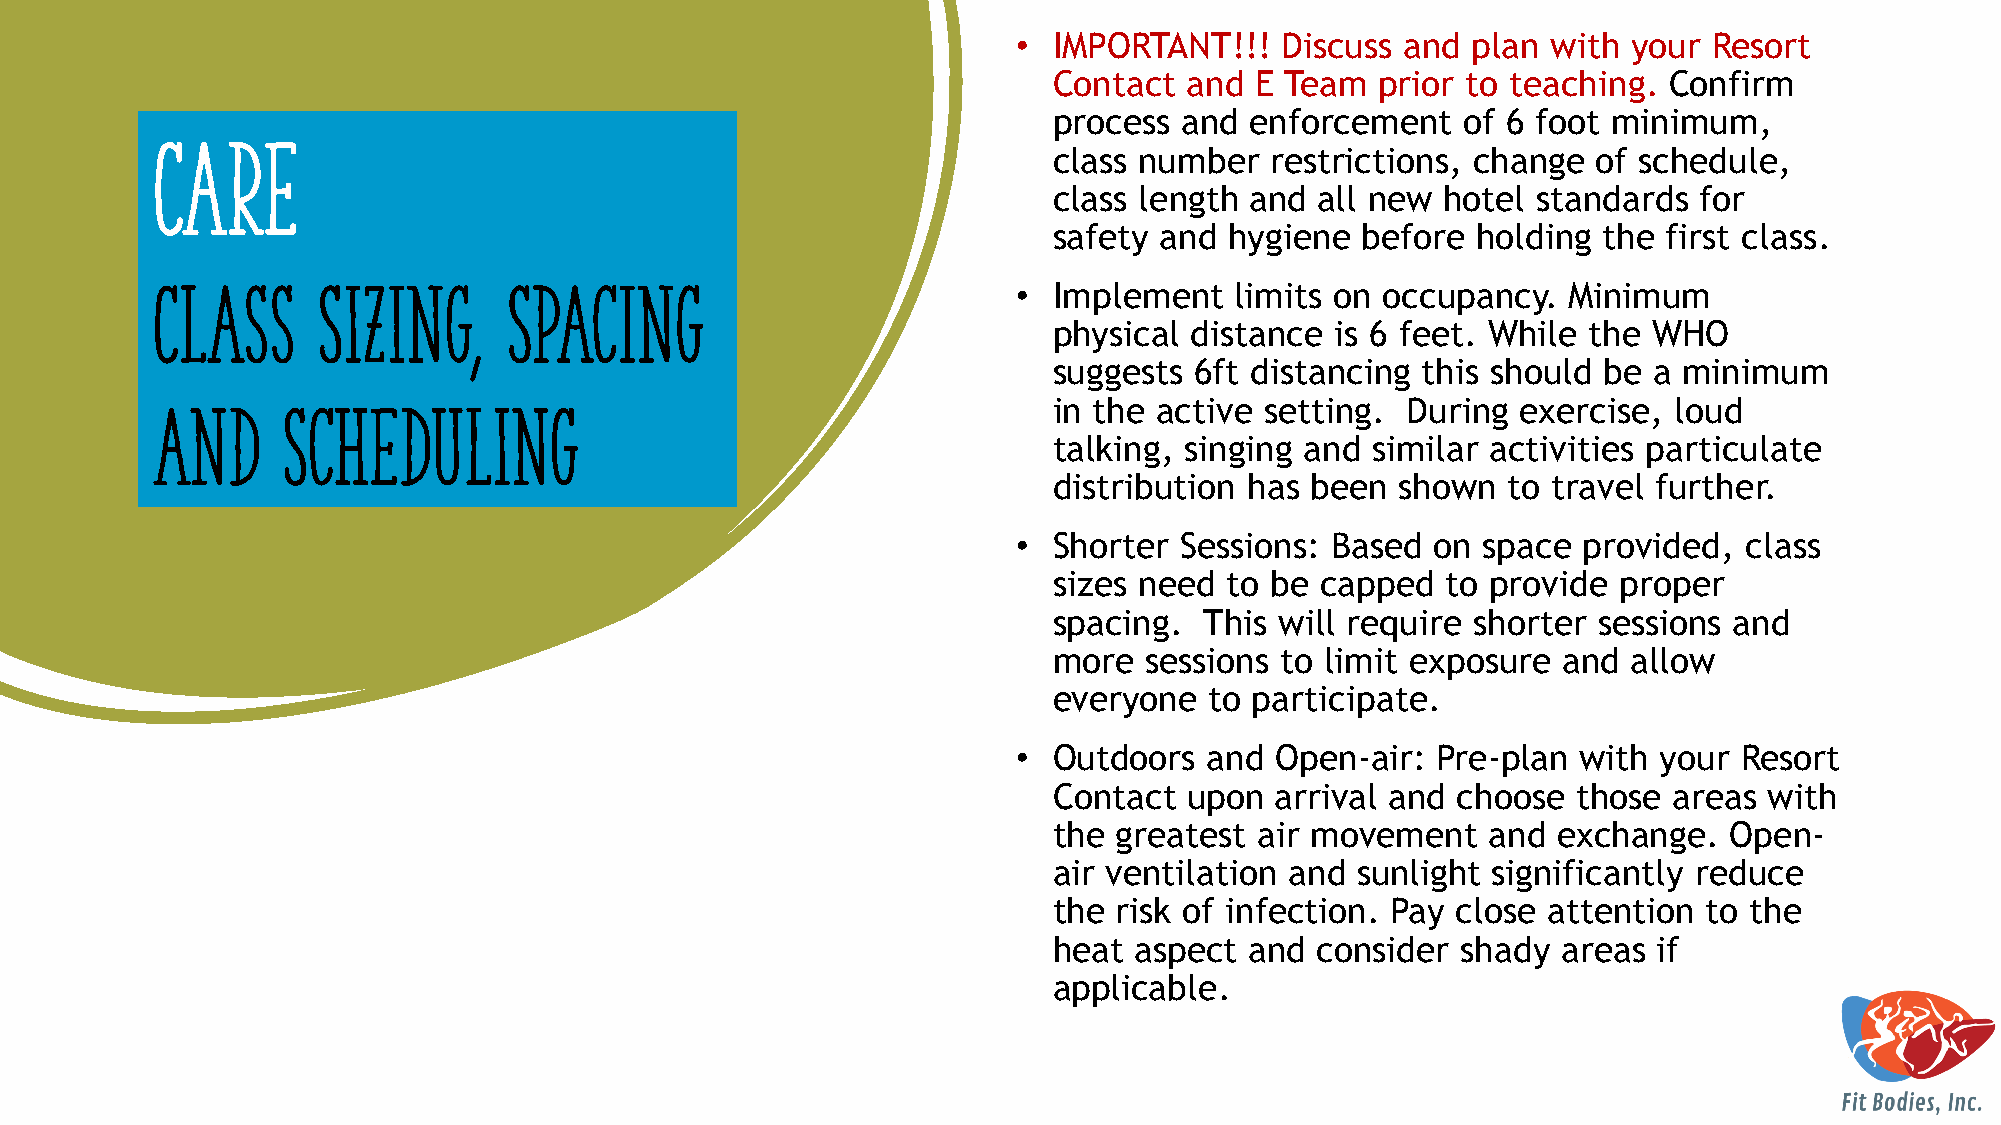
•  IMPORTANT!!!   Discuss and plan  with your Resort
 Contact  and E Team  prior to teaching. Confirm
 process and  enforcement   of 6 foot minimum,
 Care
 class number  restrictions, change  of schedule,
 class length and all new  hotel standards for
 safety and hygiene  before  holding the first class.
 Class      Sizing,      Spacing                          •  Implement   limits on occupancy.  Minimum
 physical distance is 6 feet. While the WHO
 suggests 6ft distancing this should be a minimum
 and      Scheduling                                         in the active setting. During  exercise, loud
 talking, singing and similar activities particulate
 distribution has been  shown  to travel further.
 •  Shorter Sessions: Based  on space  provided,  class
 sizes need to be capped   to provide proper
 spacing.  This will require shorter sessions and
 more  sessions to limit exposure and  allow
 everyone  to participate.
 •  Outdoors  and Open-air:  Pre-plan  with your Resort
 Contact  upon arrival and choose  those  areas with
 the greatest air movement    and exchange.  Open-
 air ventilation and sunlight significantly reduce
 the risk of infection. Pay close attention to the
 heat aspect  and consider  shady areas  if
 applicable.